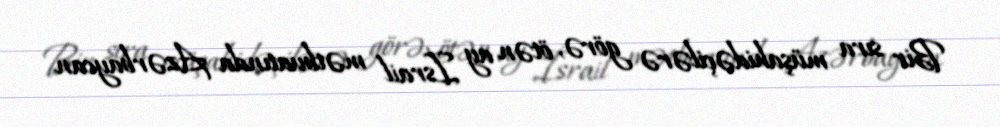
Bir sıra müşahidəçilərə görə, ötən ay İsrail mətbuatında Azərbaycan